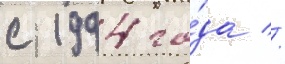
с 1994 го́да //